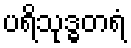
ပရိသုဒ္ဓတရံ